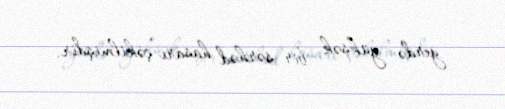
yerdə yüksək bir sərhəd hasarı çəkilmişdir.